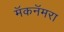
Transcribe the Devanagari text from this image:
मॅकनॅमरा